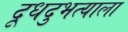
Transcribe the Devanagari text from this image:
दूधदुभत्याला